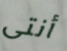
أنتى